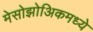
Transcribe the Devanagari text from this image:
मेसोझोअिकमध्ये